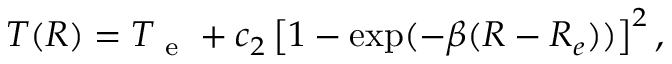
T ( R ) = T _ { \mathrm { ~ e ~ } } + c _ { 2 } \left[ 1 - \exp ( - \ensuremath { \beta } ( R - R _ { e } ) ) \right] ^ { 2 } ,